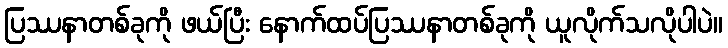
ပြဿနာတစ်ခုကို ဖယ်ပြီး နောက်ထပ်ပြဿနာတစ်ခုကို ယူလိုက်သလိုပါပဲ။